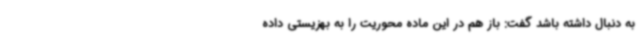
به دنبال داشته باشد گفت: باز هم در این ماده محوریت را به بهزیستی داده